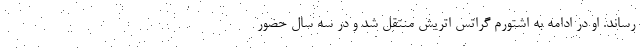
رساند. او در ادامه به اشتورم گراتس اتریش منتقل شد و در سه سال حضور